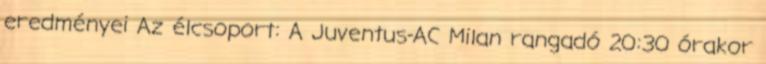
eredményei Az élcsoport: A Juventus-AC Milan rangadó 20:30 órakor